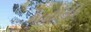
મરોડી